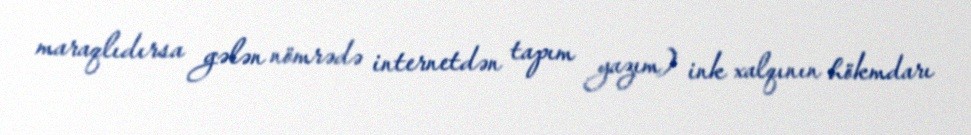
maraqlıdırsa gələn nömrədə internetdən tapım yazım) ink xalqının hökmdarı